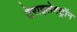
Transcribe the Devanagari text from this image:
टेराइलेक्ट्रॉन